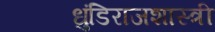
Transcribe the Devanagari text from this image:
धुंडिराजशास्त्री